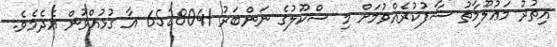
އިތުރު މަޢުލޫމާތު ސާފުކުރެއްވުމަށް މި ސްކޫލުގެ ނަންބަރު 6528041 އާ ގުޅުއްވުން އެދެމެވެ.